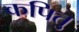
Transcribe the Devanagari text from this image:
कपितु